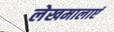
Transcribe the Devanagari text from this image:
लेखमालाएं